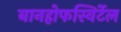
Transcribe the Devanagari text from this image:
बानहोफस्विर्टेल